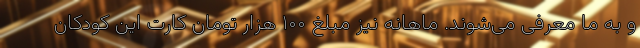
و به ما معرفی می‌شوند. ماهانه نیز مبلغ ۱۰۰ هزار تومان کارت این کودکان